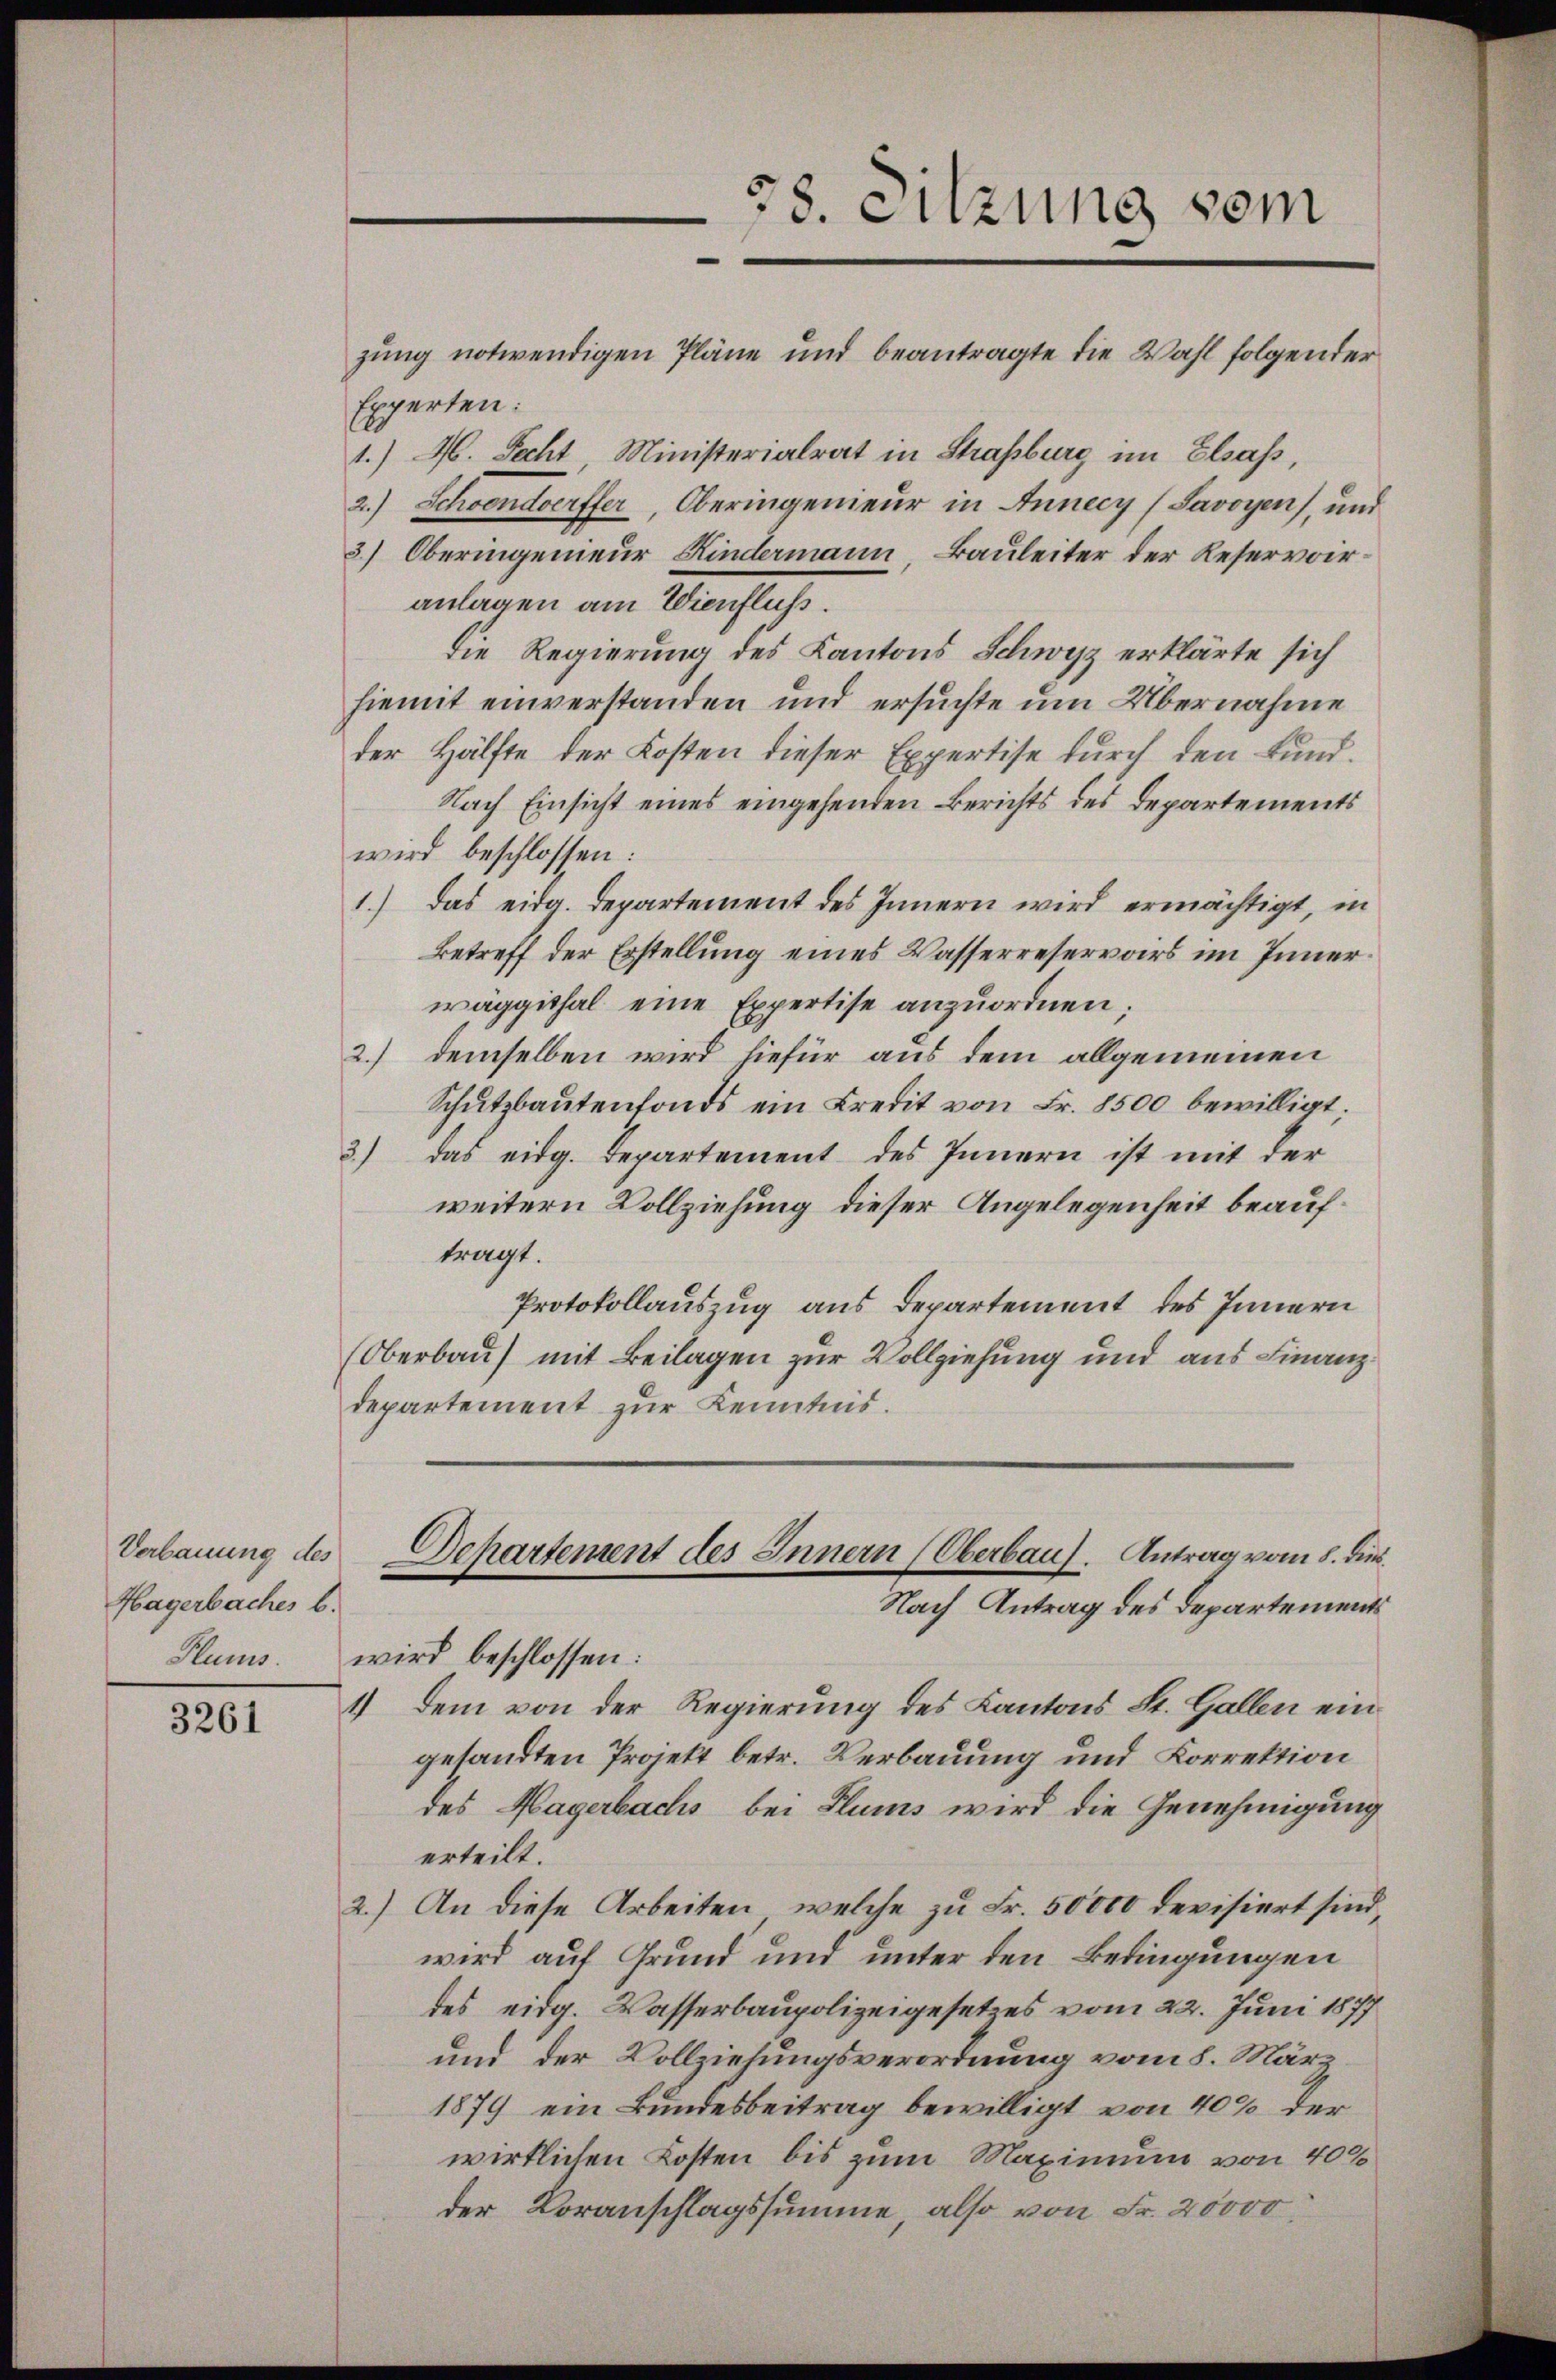
Verbauung des
Hagerbaches b
Hlums

3261

Experten:
1.) M. Recht Ministerialrat in Straßburg im Elsass,
2.) Schoonderffer, Oberingenieur in Annecy (Savoyen, und
3) Oberingenieur Kindermann, Bauleiter der Reservoiranlagen am Wienfluss.
Die Regierung des Kantons Schwyz erklärte sich
hiemit einverstanden und ersuchte um Übernahme
der Hälfte der Kosten dieser Expertise durch den Fund¬
Nach Einsicht eines eingehenden Berichts des Departements
wird beschlossen:
1.) Das eidg. Departement des Innern wird ermächtigt, in
Betreff der Erstellung eines Wasserreservars im Innerwäggithal eine Expertise anzuordnen;
2.) demselben wird hiefür aus dem allgemeinen
Schŭtzbaŭtenfonds ein Credit von Fr. 8500 bewilligt;
3) das eidg. Departement des Innern ist mit der
weitern Vollziehung dieser Angelegenheit beauftragt.
Protokollauszug aus Departement des Innern
(Oberbau) mit Beilagen zur Vollziehung und aus Finanzdepartement zur Kenntnis.
Departement des Innern (Oberbaus. Antrag vom 8. dies
Nach Antrag des Departements
wird beschlossen:
1) Dem von der Regierung des Kantons St. Gallen eingesandten Projekt betr. Verbauung und Korrektion
des Hagerbachs bei Flums wird die Genehmigung
erteilt.
2.) An diese Arbeiten, welche zu Fr. 50000 devisiert sind,
wird auf Grund und unter den Bedingungen
des eidg. Wasserbaupolizeigesetzes vom 22. Juni 1877
und der Vollziehungsverordnung vom 8. Mär¬
1879 ein Bundesbeitrag bewilligt von 40% der
wirklichen Kosten bis zum Maximum von 40%
der Voranschlagssumme, also von Fr. 20000

5
8. Sitzung vom
zung notwendigen Pläne und beantragte die Wahl folgender